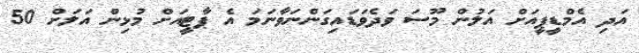
އަދި އެމްޑީޕީއަށް އަލުން މޫސަ ވަދެވަޑައިގަންނަވާނަމަ އެ ޕާޓީއަށް މުޅިން އަލަށް 50